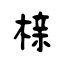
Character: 榇